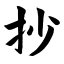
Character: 抄